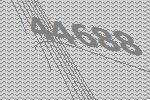
44688